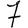
Digit: 7